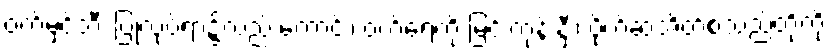
ဝက်မှင်ဘီး ပြုလုပ်ရာ၌လည်းကောင်း၊ ဝက်ရေကို မြင်းကုန်းနှီး၊ ပိုက်ဆံအိတ်စသည်တို့ကို